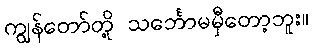
ကျွန်တော်တို့ သင်္ဘောမမှီတော့ဘူး။